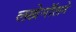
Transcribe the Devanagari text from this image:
लखेनॉलने